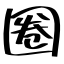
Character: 圈